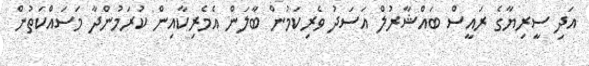
އަދި ސީރިޔާގެ ރައީސް ބައްޝާރުލް އަސަދު ވެރިކަމުން ބާލަން އެމެރިކާއިން ކުރަމުންދާ މަސައްކަތުން